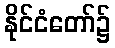
နိုင်ငံတော်၌